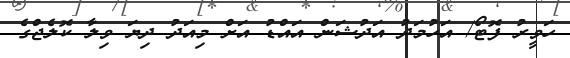
ހަވީރު ފޮޓޯ/ އަހުމަދު އަދުޝަން އައްޑު އަށް މިއަދު ދިޔަ ވިލާ ކޮލެޖްގެ